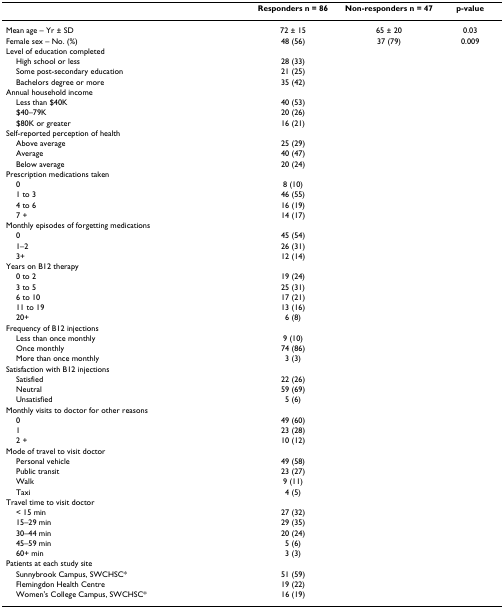
<table><thead><tr><td></td><td><b>Responders n = 86</b></td><td><b>Non-responders n = 47</b></td><td><b>p-value</b></td></tr></thead><tbody><tr><td>Mean age – Yr ± SD</td><td>72 ± 15</td><td>65 ± 20</td><td>0.03</td></tr><tr><td>Female sex – No. (%)</td><td>48 (56)</td><td>37 (79)</td><td>0.009</td></tr><tr><td>Level of education completed</td><td></td><td></td><td></td></tr><tr><td> High school or less</td><td>28 (33)</td><td></td><td></td></tr><tr><td> Some post-secondary education</td><td>21 (25)</td><td></td><td></td></tr><tr><td> Bachelors degree or more</td><td>35 (42)</td><td></td><td></td></tr><tr><td>Annual household income</td><td></td><td></td><td></td></tr><tr><td> Less than $40K</td><td>40 (53)</td><td></td><td></td></tr><tr><td> $40–79K</td><td>20 (26)</td><td></td><td></td></tr><tr><td> $80K or greater</td><td>16 (21)</td><td></td><td></td></tr><tr><td>Self-reported perception of health</td><td></td><td></td><td></td></tr><tr><td> Above average</td><td>25 (29)</td><td></td><td></td></tr><tr><td> Average</td><td>40 (47)</td><td></td><td></td></tr><tr><td> Below average</td><td>20 (24)</td><td></td><td></td></tr><tr><td>Prescription medications taken</td><td></td><td></td><td></td></tr><tr><td> 0</td><td>8 (10)</td><td></td><td></td></tr><tr><td> 1 to 3</td><td>46 (55)</td><td></td><td></td></tr><tr><td> 4 to 6</td><td>16 (19)</td><td></td><td></td></tr><tr><td> 7 +</td><td>14 (17)</td><td></td><td></td></tr><tr><td>Monthly episodes of forgetting medications</td><td></td><td></td><td></td></tr><tr><td> 0</td><td>45 (54)</td><td></td><td></td></tr><tr><td> 1–2</td><td>26 (31)</td><td></td><td></td></tr><tr><td> 3+</td><td>12 (14)</td><td></td><td></td></tr><tr><td>Years on B12 therapy</td><td></td><td></td><td></td></tr><tr><td> 0 to 2</td><td>19 (24)</td><td></td><td></td></tr><tr><td> 3 to 5</td><td>25 (31)</td><td></td><td></td></tr><tr><td> 6 to 10</td><td>17 (21)</td><td></td><td></td></tr><tr><td> 11 to 19</td><td>13 (16)</td><td></td><td></td></tr><tr><td> 20+</td><td>6 (8)</td><td></td><td></td></tr><tr><td>Frequency of B12 injections</td><td></td><td></td><td></td></tr><tr><td> Less than once monthly</td><td>9 (10)</td><td></td><td></td></tr><tr><td> Once monthly</td><td>74 (86)</td><td></td><td></td></tr><tr><td> More than once monthly</td><td>3 (3)</td><td></td><td></td></tr><tr><td>Satisfaction with B12 injections</td><td></td><td></td><td></td></tr><tr><td> Satisfied</td><td>22 (26)</td><td></td><td></td></tr><tr><td> Neutral</td><td>59 (69)</td><td></td><td></td></tr><tr><td> Unsatisfied</td><td>5 (6)</td><td></td><td></td></tr><tr><td>Monthly visits to doctor for other reasons</td><td></td><td></td><td></td></tr><tr><td> 0</td><td>49 (60)</td><td></td><td></td></tr><tr><td> 1</td><td>23 (28)</td><td></td><td></td></tr><tr><td> 2 +</td><td>10 (12)</td><td></td><td></td></tr><tr><td>Mode of travel to visit doctor</td><td></td><td></td><td></td></tr><tr><td> Personal vehicle</td><td>49 (58)</td><td></td><td></td></tr><tr><td> Public transit</td><td>23 (27)</td><td></td><td></td></tr><tr><td> Walk</td><td>9 (11)</td><td></td><td></td></tr><tr><td> Taxi</td><td>4 (5)</td><td></td><td></td></tr><tr><td>Travel time to visit doctor</td><td></td><td></td><td></td></tr><tr><td> &lt; 15 min</td><td>27 (32)</td><td></td><td></td></tr><tr><td> 15–29 min</td><td>29 (35)</td><td></td><td></td></tr><tr><td> 30–44 min</td><td>20 (24)</td><td></td><td></td></tr><tr><td> 45–59 min</td><td>5 (6)</td><td></td><td></td></tr><tr><td> 60+ min</td><td>3 (3)</td><td></td><td></td></tr><tr><td>Patients at each study site</td><td></td><td></td><td></td></tr><tr><td> Sunnybrook Campus, SWCHSC*</td><td>51 (59)</td><td></td><td></td></tr><tr><td> Flemingdon Health Centre</td><td>19 (22)</td><td></td><td></td></tr><tr><td> Women&#x27;s College Campus, SWCHSC*</td><td>16 (19)</td><td></td><td></td></tr></tbody></table>